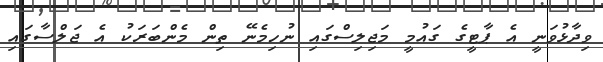
ވިދާޅުވަނީ އެ ޕާޓީގެ ގައުމީ މަޖިލިސްގައި ނުހިމެނޭ ތިން މެންބަރަކު އެ ޖަލްސާގައި